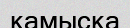
қамысқа